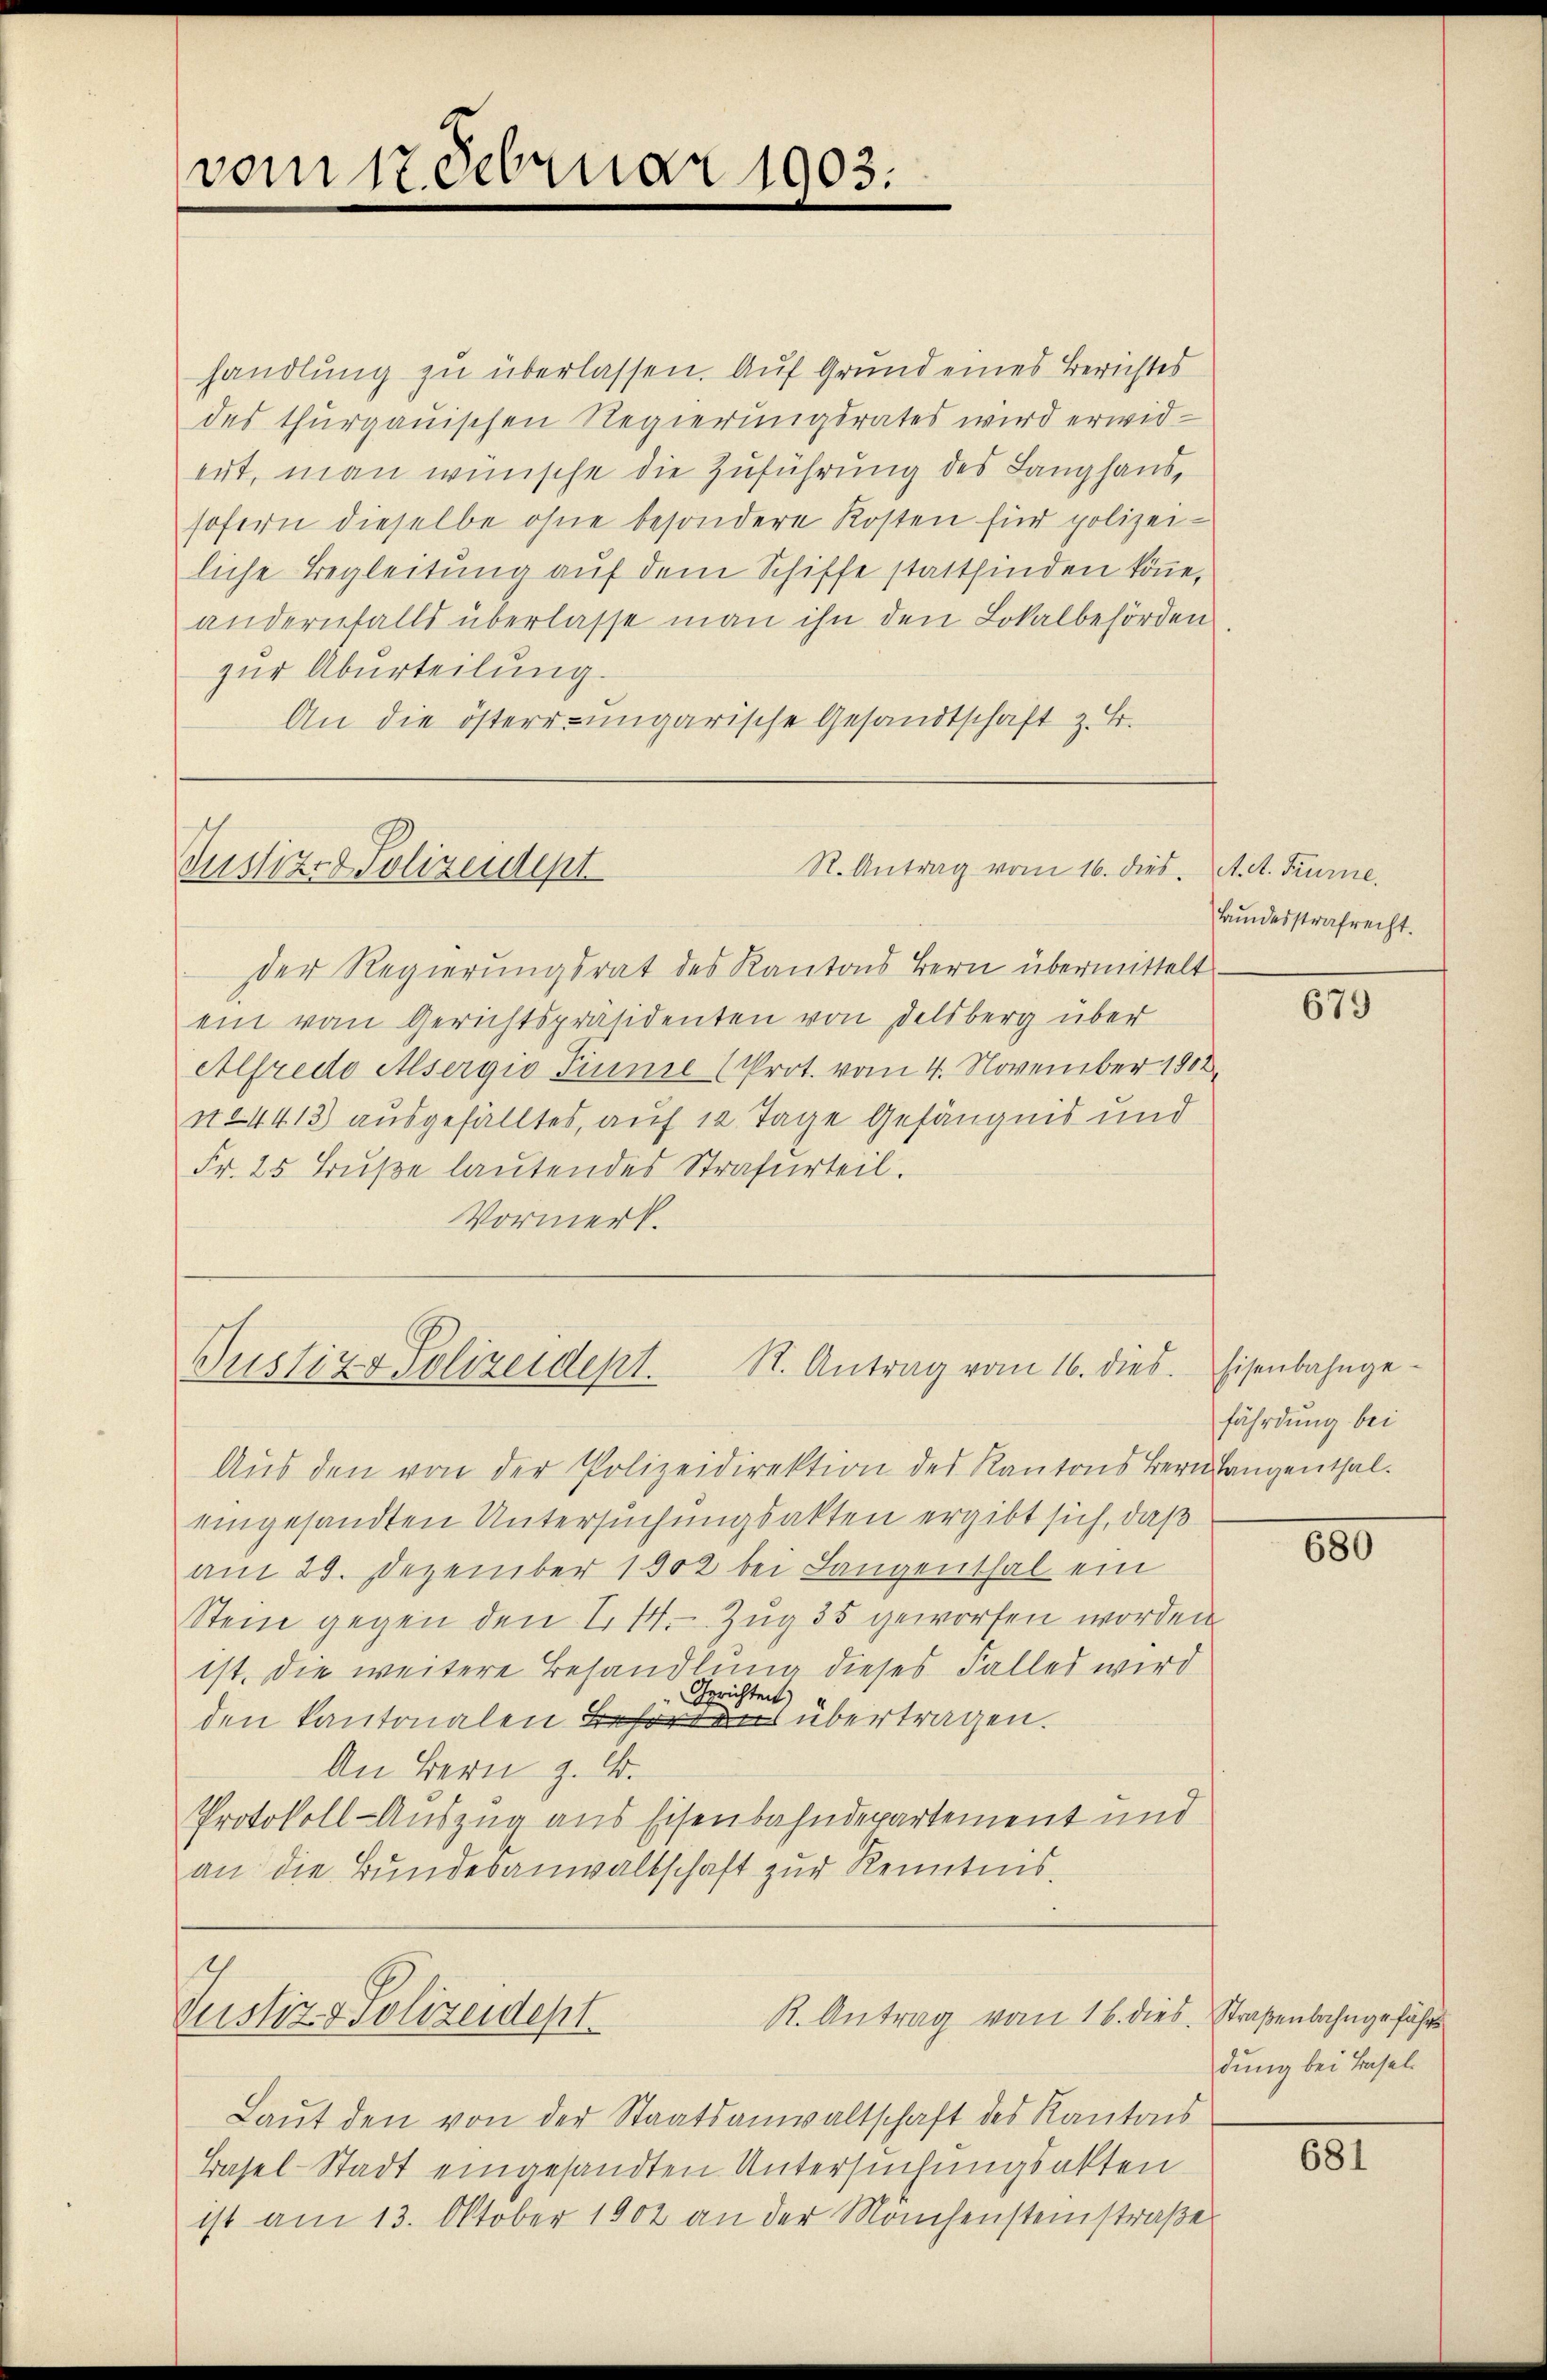
vom 17. Februar 1903.

handlung zu überlassen. Auf Grund eines Berichtes
des thurgauischen Regierungsrates wird erwid-
ert, man wünsche die Zuführung des Langhaus,
sofern dieselbe ohne besondere Kosten für polizei-
liche Begleitung auf dem Schiffe stattfinden könne.
andernfalls überlasse man ihn den Lokalbehörden
zur Aburteilung
An die österr ungarische Gesandtschaft z. B.

R. Antrag vom 16. dies
Justiz- & Polizeidept

der Regierŭngsrat des Kantons Bern übermittelt.
ein von Gerichtspräsidenten von Delsberg über
Alfredo Alsergio Pinie (Prot. vom 4. November 1902
n.4413) ausgefälltes, auf 12 Tage Gefängnis und
Fr. 25 Buße lautendes Strafurteil.
Vormerk.

St. Antrag vom 16. dies
Justiz & Polizeidept.

Ich
Justiz- & Polizeidept

Aus den von der Polizeidirektion des Kantons Bern langenthal.
eingesandten Untersuchungsakten ergibt sich, daß
am 29. Dezember 1902 bei Langenthal ein
Stein gegen den 1. 14. Zug 35 geworfen worden
ist, die weitere Behandlung dieses Falles wird
Gerichteit)
den Kantonalen Behören übertragen.
An Bern z. B.
Protokoll-Auszug aus Eisenbahndepartement und
an die Bundesanwaltschaft zur Kenntnis.

R. Antrag vom 16. dies Straßenbahngefährs

Laut den von der Staatsanwaltschaft des Kantons
Basel-Stadt eingesandten Untersuchungsakten
ist am 13. Oktober 1902 an der Manchensteinstraße

A. R. Trurne.
Bundesstrafrecht.

679

Eisenbahngefährdung bei

680

dung bei Basel

681